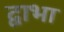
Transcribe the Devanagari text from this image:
द्वाभा